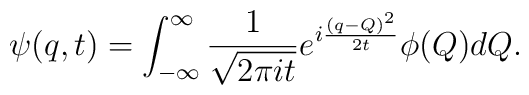
\psi(q,t)=\int^{\infty}_{-\infty}	{1 \over \sqrt{ 2 \pi it} } e^{i{ (q-Q)^2 \over 2t} } \phi(Q)dQ.